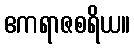
ဧကရာဇစရိယ။